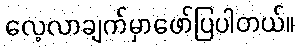
လေ့လာချက်မှာဖော်ပြပါတယ်။